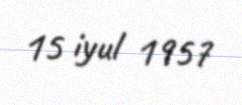
15 iyul 1957